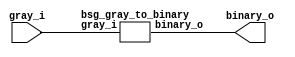


module top
(
  gray_i,
  binary_o
);

  input [63:0] gray_i;
  output [63:0] binary_o;

  bsg_gray_to_binary
  wrapper
  (
    .gray_i(gray_i),
    .binary_o(binary_o)
  );


endmodule



module bsg_scan_width_p64_xor_p1
(
  i,
  o
);

  input [63:0] i;
  output [63:0] o;
  wire [63:0] o;
  wire t_5__63_,t_5__62_,t_5__61_,t_5__60_,t_5__59_,t_5__58_,t_5__57_,t_5__56_,
  t_5__55_,t_5__54_,t_5__53_,t_5__52_,t_5__51_,t_5__50_,t_5__49_,t_5__48_,t_5__47_,
  t_5__46_,t_5__45_,t_5__44_,t_5__43_,t_5__42_,t_5__41_,t_5__40_,t_5__39_,t_5__38_,
  t_5__37_,t_5__36_,t_5__35_,t_5__34_,t_5__33_,t_5__32_,t_5__31_,t_5__30_,t_5__29_,
  t_5__28_,t_5__27_,t_5__26_,t_5__25_,t_5__24_,t_5__23_,t_5__22_,t_5__21_,t_5__20_,
  t_5__19_,t_5__18_,t_5__17_,t_5__16_,t_5__15_,t_5__14_,t_5__13_,t_5__12_,t_5__11_,
  t_5__10_,t_5__9_,t_5__8_,t_5__7_,t_5__6_,t_5__5_,t_5__4_,t_5__3_,t_5__2_,t_5__1_,
  t_5__0_,t_4__63_,t_4__62_,t_4__61_,t_4__60_,t_4__59_,t_4__58_,t_4__57_,t_4__56_,
  t_4__55_,t_4__54_,t_4__53_,t_4__52_,t_4__51_,t_4__50_,t_4__49_,t_4__48_,t_4__47_,
  t_4__46_,t_4__45_,t_4__44_,t_4__43_,t_4__42_,t_4__41_,t_4__40_,t_4__39_,t_4__38_,
  t_4__37_,t_4__36_,t_4__35_,t_4__34_,t_4__33_,t_4__32_,t_4__31_,t_4__30_,
  t_4__29_,t_4__28_,t_4__27_,t_4__26_,t_4__25_,t_4__24_,t_4__23_,t_4__22_,t_4__21_,
  t_4__20_,t_4__19_,t_4__18_,t_4__17_,t_4__16_,t_4__15_,t_4__14_,t_4__13_,t_4__12_,
  t_4__11_,t_4__10_,t_4__9_,t_4__8_,t_4__7_,t_4__6_,t_4__5_,t_4__4_,t_4__3_,t_4__2_,
  t_4__1_,t_4__0_,t_3__63_,t_3__62_,t_3__61_,t_3__60_,t_3__59_,t_3__58_,t_3__57_,
  t_3__56_,t_3__55_,t_3__54_,t_3__53_,t_3__52_,t_3__51_,t_3__50_,t_3__49_,t_3__48_,
  t_3__47_,t_3__46_,t_3__45_,t_3__44_,t_3__43_,t_3__42_,t_3__41_,t_3__40_,t_3__39_,
  t_3__38_,t_3__37_,t_3__36_,t_3__35_,t_3__34_,t_3__33_,t_3__32_,t_3__31_,t_3__30_,
  t_3__29_,t_3__28_,t_3__27_,t_3__26_,t_3__25_,t_3__24_,t_3__23_,t_3__22_,t_3__21_,
  t_3__20_,t_3__19_,t_3__18_,t_3__17_,t_3__16_,t_3__15_,t_3__14_,t_3__13_,t_3__12_,
  t_3__11_,t_3__10_,t_3__9_,t_3__8_,t_3__7_,t_3__6_,t_3__5_,t_3__4_,t_3__3_,
  t_3__2_,t_3__1_,t_3__0_,t_2__63_,t_2__62_,t_2__61_,t_2__60_,t_2__59_,t_2__58_,
  t_2__57_,t_2__56_,t_2__55_,t_2__54_,t_2__53_,t_2__52_,t_2__51_,t_2__50_,t_2__49_,
  t_2__48_,t_2__47_,t_2__46_,t_2__45_,t_2__44_,t_2__43_,t_2__42_,t_2__41_,t_2__40_,
  t_2__39_,t_2__38_,t_2__37_,t_2__36_,t_2__35_,t_2__34_,t_2__33_,t_2__32_,t_2__31_,
  t_2__30_,t_2__29_,t_2__28_,t_2__27_,t_2__26_,t_2__25_,t_2__24_,t_2__23_,t_2__22_,
  t_2__21_,t_2__20_,t_2__19_,t_2__18_,t_2__17_,t_2__16_,t_2__15_,t_2__14_,t_2__13_,
  t_2__12_,t_2__11_,t_2__10_,t_2__9_,t_2__8_,t_2__7_,t_2__6_,t_2__5_,t_2__4_,t_2__3_,
  t_2__2_,t_2__1_,t_2__0_,t_1__63_,t_1__62_,t_1__61_,t_1__60_,t_1__59_,t_1__58_,
  t_1__57_,t_1__56_,t_1__55_,t_1__54_,t_1__53_,t_1__52_,t_1__51_,t_1__50_,t_1__49_,
  t_1__48_,t_1__47_,t_1__46_,t_1__45_,t_1__44_,t_1__43_,t_1__42_,t_1__41_,t_1__40_,
  t_1__39_,t_1__38_,t_1__37_,t_1__36_,t_1__35_,t_1__34_,t_1__33_,t_1__32_,
  t_1__31_,t_1__30_,t_1__29_,t_1__28_,t_1__27_,t_1__26_,t_1__25_,t_1__24_,t_1__23_,
  t_1__22_,t_1__21_,t_1__20_,t_1__19_,t_1__18_,t_1__17_,t_1__16_,t_1__15_,t_1__14_,
  t_1__13_,t_1__12_,t_1__11_,t_1__10_,t_1__9_,t_1__8_,t_1__7_,t_1__6_,t_1__5_,t_1__4_,
  t_1__3_,t_1__2_,t_1__1_,t_1__0_;
  assign t_1__63_ = i[63] ^ 1'b0;
  assign t_1__62_ = i[62] ^ i[63];
  assign t_1__61_ = i[61] ^ i[62];
  assign t_1__60_ = i[60] ^ i[61];
  assign t_1__59_ = i[59] ^ i[60];
  assign t_1__58_ = i[58] ^ i[59];
  assign t_1__57_ = i[57] ^ i[58];
  assign t_1__56_ = i[56] ^ i[57];
  assign t_1__55_ = i[55] ^ i[56];
  assign t_1__54_ = i[54] ^ i[55];
  assign t_1__53_ = i[53] ^ i[54];
  assign t_1__52_ = i[52] ^ i[53];
  assign t_1__51_ = i[51] ^ i[52];
  assign t_1__50_ = i[50] ^ i[51];
  assign t_1__49_ = i[49] ^ i[50];
  assign t_1__48_ = i[48] ^ i[49];
  assign t_1__47_ = i[47] ^ i[48];
  assign t_1__46_ = i[46] ^ i[47];
  assign t_1__45_ = i[45] ^ i[46];
  assign t_1__44_ = i[44] ^ i[45];
  assign t_1__43_ = i[43] ^ i[44];
  assign t_1__42_ = i[42] ^ i[43];
  assign t_1__41_ = i[41] ^ i[42];
  assign t_1__40_ = i[40] ^ i[41];
  assign t_1__39_ = i[39] ^ i[40];
  assign t_1__38_ = i[38] ^ i[39];
  assign t_1__37_ = i[37] ^ i[38];
  assign t_1__36_ = i[36] ^ i[37];
  assign t_1__35_ = i[35] ^ i[36];
  assign t_1__34_ = i[34] ^ i[35];
  assign t_1__33_ = i[33] ^ i[34];
  assign t_1__32_ = i[32] ^ i[33];
  assign t_1__31_ = i[31] ^ i[32];
  assign t_1__30_ = i[30] ^ i[31];
  assign t_1__29_ = i[29] ^ i[30];
  assign t_1__28_ = i[28] ^ i[29];
  assign t_1__27_ = i[27] ^ i[28];
  assign t_1__26_ = i[26] ^ i[27];
  assign t_1__25_ = i[25] ^ i[26];
  assign t_1__24_ = i[24] ^ i[25];
  assign t_1__23_ = i[23] ^ i[24];
  assign t_1__22_ = i[22] ^ i[23];
  assign t_1__21_ = i[21] ^ i[22];
  assign t_1__20_ = i[20] ^ i[21];
  assign t_1__19_ = i[19] ^ i[20];
  assign t_1__18_ = i[18] ^ i[19];
  assign t_1__17_ = i[17] ^ i[18];
  assign t_1__16_ = i[16] ^ i[17];
  assign t_1__15_ = i[15] ^ i[16];
  assign t_1__14_ = i[14] ^ i[15];
  assign t_1__13_ = i[13] ^ i[14];
  assign t_1__12_ = i[12] ^ i[13];
  assign t_1__11_ = i[11] ^ i[12];
  assign t_1__10_ = i[10] ^ i[11];
  assign t_1__9_ = i[9] ^ i[10];
  assign t_1__8_ = i[8] ^ i[9];
  assign t_1__7_ = i[7] ^ i[8];
  assign t_1__6_ = i[6] ^ i[7];
  assign t_1__5_ = i[5] ^ i[6];
  assign t_1__4_ = i[4] ^ i[5];
  assign t_1__3_ = i[3] ^ i[4];
  assign t_1__2_ = i[2] ^ i[3];
  assign t_1__1_ = i[1] ^ i[2];
  assign t_1__0_ = i[0] ^ i[1];
  assign t_2__63_ = t_1__63_ ^ 1'b0;
  assign t_2__62_ = t_1__62_ ^ 1'b0;
  assign t_2__61_ = t_1__61_ ^ t_1__63_;
  assign t_2__60_ = t_1__60_ ^ t_1__62_;
  assign t_2__59_ = t_1__59_ ^ t_1__61_;
  assign t_2__58_ = t_1__58_ ^ t_1__60_;
  assign t_2__57_ = t_1__57_ ^ t_1__59_;
  assign t_2__56_ = t_1__56_ ^ t_1__58_;
  assign t_2__55_ = t_1__55_ ^ t_1__57_;
  assign t_2__54_ = t_1__54_ ^ t_1__56_;
  assign t_2__53_ = t_1__53_ ^ t_1__55_;
  assign t_2__52_ = t_1__52_ ^ t_1__54_;
  assign t_2__51_ = t_1__51_ ^ t_1__53_;
  assign t_2__50_ = t_1__50_ ^ t_1__52_;
  assign t_2__49_ = t_1__49_ ^ t_1__51_;
  assign t_2__48_ = t_1__48_ ^ t_1__50_;
  assign t_2__47_ = t_1__47_ ^ t_1__49_;
  assign t_2__46_ = t_1__46_ ^ t_1__48_;
  assign t_2__45_ = t_1__45_ ^ t_1__47_;
  assign t_2__44_ = t_1__44_ ^ t_1__46_;
  assign t_2__43_ = t_1__43_ ^ t_1__45_;
  assign t_2__42_ = t_1__42_ ^ t_1__44_;
  assign t_2__41_ = t_1__41_ ^ t_1__43_;
  assign t_2__40_ = t_1__40_ ^ t_1__42_;
  assign t_2__39_ = t_1__39_ ^ t_1__41_;
  assign t_2__38_ = t_1__38_ ^ t_1__40_;
  assign t_2__37_ = t_1__37_ ^ t_1__39_;
  assign t_2__36_ = t_1__36_ ^ t_1__38_;
  assign t_2__35_ = t_1__35_ ^ t_1__37_;
  assign t_2__34_ = t_1__34_ ^ t_1__36_;
  assign t_2__33_ = t_1__33_ ^ t_1__35_;
  assign t_2__32_ = t_1__32_ ^ t_1__34_;
  assign t_2__31_ = t_1__31_ ^ t_1__33_;
  assign t_2__30_ = t_1__30_ ^ t_1__32_;
  assign t_2__29_ = t_1__29_ ^ t_1__31_;
  assign t_2__28_ = t_1__28_ ^ t_1__30_;
  assign t_2__27_ = t_1__27_ ^ t_1__29_;
  assign t_2__26_ = t_1__26_ ^ t_1__28_;
  assign t_2__25_ = t_1__25_ ^ t_1__27_;
  assign t_2__24_ = t_1__24_ ^ t_1__26_;
  assign t_2__23_ = t_1__23_ ^ t_1__25_;
  assign t_2__22_ = t_1__22_ ^ t_1__24_;
  assign t_2__21_ = t_1__21_ ^ t_1__23_;
  assign t_2__20_ = t_1__20_ ^ t_1__22_;
  assign t_2__19_ = t_1__19_ ^ t_1__21_;
  assign t_2__18_ = t_1__18_ ^ t_1__20_;
  assign t_2__17_ = t_1__17_ ^ t_1__19_;
  assign t_2__16_ = t_1__16_ ^ t_1__18_;
  assign t_2__15_ = t_1__15_ ^ t_1__17_;
  assign t_2__14_ = t_1__14_ ^ t_1__16_;
  assign t_2__13_ = t_1__13_ ^ t_1__15_;
  assign t_2__12_ = t_1__12_ ^ t_1__14_;
  assign t_2__11_ = t_1__11_ ^ t_1__13_;
  assign t_2__10_ = t_1__10_ ^ t_1__12_;
  assign t_2__9_ = t_1__9_ ^ t_1__11_;
  assign t_2__8_ = t_1__8_ ^ t_1__10_;
  assign t_2__7_ = t_1__7_ ^ t_1__9_;
  assign t_2__6_ = t_1__6_ ^ t_1__8_;
  assign t_2__5_ = t_1__5_ ^ t_1__7_;
  assign t_2__4_ = t_1__4_ ^ t_1__6_;
  assign t_2__3_ = t_1__3_ ^ t_1__5_;
  assign t_2__2_ = t_1__2_ ^ t_1__4_;
  assign t_2__1_ = t_1__1_ ^ t_1__3_;
  assign t_2__0_ = t_1__0_ ^ t_1__2_;
  assign t_3__63_ = t_2__63_ ^ 1'b0;
  assign t_3__62_ = t_2__62_ ^ 1'b0;
  assign t_3__61_ = t_2__61_ ^ 1'b0;
  assign t_3__60_ = t_2__60_ ^ 1'b0;
  assign t_3__59_ = t_2__59_ ^ t_2__63_;
  assign t_3__58_ = t_2__58_ ^ t_2__62_;
  assign t_3__57_ = t_2__57_ ^ t_2__61_;
  assign t_3__56_ = t_2__56_ ^ t_2__60_;
  assign t_3__55_ = t_2__55_ ^ t_2__59_;
  assign t_3__54_ = t_2__54_ ^ t_2__58_;
  assign t_3__53_ = t_2__53_ ^ t_2__57_;
  assign t_3__52_ = t_2__52_ ^ t_2__56_;
  assign t_3__51_ = t_2__51_ ^ t_2__55_;
  assign t_3__50_ = t_2__50_ ^ t_2__54_;
  assign t_3__49_ = t_2__49_ ^ t_2__53_;
  assign t_3__48_ = t_2__48_ ^ t_2__52_;
  assign t_3__47_ = t_2__47_ ^ t_2__51_;
  assign t_3__46_ = t_2__46_ ^ t_2__50_;
  assign t_3__45_ = t_2__45_ ^ t_2__49_;
  assign t_3__44_ = t_2__44_ ^ t_2__48_;
  assign t_3__43_ = t_2__43_ ^ t_2__47_;
  assign t_3__42_ = t_2__42_ ^ t_2__46_;
  assign t_3__41_ = t_2__41_ ^ t_2__45_;
  assign t_3__40_ = t_2__40_ ^ t_2__44_;
  assign t_3__39_ = t_2__39_ ^ t_2__43_;
  assign t_3__38_ = t_2__38_ ^ t_2__42_;
  assign t_3__37_ = t_2__37_ ^ t_2__41_;
  assign t_3__36_ = t_2__36_ ^ t_2__40_;
  assign t_3__35_ = t_2__35_ ^ t_2__39_;
  assign t_3__34_ = t_2__34_ ^ t_2__38_;
  assign t_3__33_ = t_2__33_ ^ t_2__37_;
  assign t_3__32_ = t_2__32_ ^ t_2__36_;
  assign t_3__31_ = t_2__31_ ^ t_2__35_;
  assign t_3__30_ = t_2__30_ ^ t_2__34_;
  assign t_3__29_ = t_2__29_ ^ t_2__33_;
  assign t_3__28_ = t_2__28_ ^ t_2__32_;
  assign t_3__27_ = t_2__27_ ^ t_2__31_;
  assign t_3__26_ = t_2__26_ ^ t_2__30_;
  assign t_3__25_ = t_2__25_ ^ t_2__29_;
  assign t_3__24_ = t_2__24_ ^ t_2__28_;
  assign t_3__23_ = t_2__23_ ^ t_2__27_;
  assign t_3__22_ = t_2__22_ ^ t_2__26_;
  assign t_3__21_ = t_2__21_ ^ t_2__25_;
  assign t_3__20_ = t_2__20_ ^ t_2__24_;
  assign t_3__19_ = t_2__19_ ^ t_2__23_;
  assign t_3__18_ = t_2__18_ ^ t_2__22_;
  assign t_3__17_ = t_2__17_ ^ t_2__21_;
  assign t_3__16_ = t_2__16_ ^ t_2__20_;
  assign t_3__15_ = t_2__15_ ^ t_2__19_;
  assign t_3__14_ = t_2__14_ ^ t_2__18_;
  assign t_3__13_ = t_2__13_ ^ t_2__17_;
  assign t_3__12_ = t_2__12_ ^ t_2__16_;
  assign t_3__11_ = t_2__11_ ^ t_2__15_;
  assign t_3__10_ = t_2__10_ ^ t_2__14_;
  assign t_3__9_ = t_2__9_ ^ t_2__13_;
  assign t_3__8_ = t_2__8_ ^ t_2__12_;
  assign t_3__7_ = t_2__7_ ^ t_2__11_;
  assign t_3__6_ = t_2__6_ ^ t_2__10_;
  assign t_3__5_ = t_2__5_ ^ t_2__9_;
  assign t_3__4_ = t_2__4_ ^ t_2__8_;
  assign t_3__3_ = t_2__3_ ^ t_2__7_;
  assign t_3__2_ = t_2__2_ ^ t_2__6_;
  assign t_3__1_ = t_2__1_ ^ t_2__5_;
  assign t_3__0_ = t_2__0_ ^ t_2__4_;
  assign t_4__63_ = t_3__63_ ^ 1'b0;
  assign t_4__62_ = t_3__62_ ^ 1'b0;
  assign t_4__61_ = t_3__61_ ^ 1'b0;
  assign t_4__60_ = t_3__60_ ^ 1'b0;
  assign t_4__59_ = t_3__59_ ^ 1'b0;
  assign t_4__58_ = t_3__58_ ^ 1'b0;
  assign t_4__57_ = t_3__57_ ^ 1'b0;
  assign t_4__56_ = t_3__56_ ^ 1'b0;
  assign t_4__55_ = t_3__55_ ^ t_3__63_;
  assign t_4__54_ = t_3__54_ ^ t_3__62_;
  assign t_4__53_ = t_3__53_ ^ t_3__61_;
  assign t_4__52_ = t_3__52_ ^ t_3__60_;
  assign t_4__51_ = t_3__51_ ^ t_3__59_;
  assign t_4__50_ = t_3__50_ ^ t_3__58_;
  assign t_4__49_ = t_3__49_ ^ t_3__57_;
  assign t_4__48_ = t_3__48_ ^ t_3__56_;
  assign t_4__47_ = t_3__47_ ^ t_3__55_;
  assign t_4__46_ = t_3__46_ ^ t_3__54_;
  assign t_4__45_ = t_3__45_ ^ t_3__53_;
  assign t_4__44_ = t_3__44_ ^ t_3__52_;
  assign t_4__43_ = t_3__43_ ^ t_3__51_;
  assign t_4__42_ = t_3__42_ ^ t_3__50_;
  assign t_4__41_ = t_3__41_ ^ t_3__49_;
  assign t_4__40_ = t_3__40_ ^ t_3__48_;
  assign t_4__39_ = t_3__39_ ^ t_3__47_;
  assign t_4__38_ = t_3__38_ ^ t_3__46_;
  assign t_4__37_ = t_3__37_ ^ t_3__45_;
  assign t_4__36_ = t_3__36_ ^ t_3__44_;
  assign t_4__35_ = t_3__35_ ^ t_3__43_;
  assign t_4__34_ = t_3__34_ ^ t_3__42_;
  assign t_4__33_ = t_3__33_ ^ t_3__41_;
  assign t_4__32_ = t_3__32_ ^ t_3__40_;
  assign t_4__31_ = t_3__31_ ^ t_3__39_;
  assign t_4__30_ = t_3__30_ ^ t_3__38_;
  assign t_4__29_ = t_3__29_ ^ t_3__37_;
  assign t_4__28_ = t_3__28_ ^ t_3__36_;
  assign t_4__27_ = t_3__27_ ^ t_3__35_;
  assign t_4__26_ = t_3__26_ ^ t_3__34_;
  assign t_4__25_ = t_3__25_ ^ t_3__33_;
  assign t_4__24_ = t_3__24_ ^ t_3__32_;
  assign t_4__23_ = t_3__23_ ^ t_3__31_;
  assign t_4__22_ = t_3__22_ ^ t_3__30_;
  assign t_4__21_ = t_3__21_ ^ t_3__29_;
  assign t_4__20_ = t_3__20_ ^ t_3__28_;
  assign t_4__19_ = t_3__19_ ^ t_3__27_;
  assign t_4__18_ = t_3__18_ ^ t_3__26_;
  assign t_4__17_ = t_3__17_ ^ t_3__25_;
  assign t_4__16_ = t_3__16_ ^ t_3__24_;
  assign t_4__15_ = t_3__15_ ^ t_3__23_;
  assign t_4__14_ = t_3__14_ ^ t_3__22_;
  assign t_4__13_ = t_3__13_ ^ t_3__21_;
  assign t_4__12_ = t_3__12_ ^ t_3__20_;
  assign t_4__11_ = t_3__11_ ^ t_3__19_;
  assign t_4__10_ = t_3__10_ ^ t_3__18_;
  assign t_4__9_ = t_3__9_ ^ t_3__17_;
  assign t_4__8_ = t_3__8_ ^ t_3__16_;
  assign t_4__7_ = t_3__7_ ^ t_3__15_;
  assign t_4__6_ = t_3__6_ ^ t_3__14_;
  assign t_4__5_ = t_3__5_ ^ t_3__13_;
  assign t_4__4_ = t_3__4_ ^ t_3__12_;
  assign t_4__3_ = t_3__3_ ^ t_3__11_;
  assign t_4__2_ = t_3__2_ ^ t_3__10_;
  assign t_4__1_ = t_3__1_ ^ t_3__9_;
  assign t_4__0_ = t_3__0_ ^ t_3__8_;
  assign t_5__63_ = t_4__63_ ^ 1'b0;
  assign t_5__62_ = t_4__62_ ^ 1'b0;
  assign t_5__61_ = t_4__61_ ^ 1'b0;
  assign t_5__60_ = t_4__60_ ^ 1'b0;
  assign t_5__59_ = t_4__59_ ^ 1'b0;
  assign t_5__58_ = t_4__58_ ^ 1'b0;
  assign t_5__57_ = t_4__57_ ^ 1'b0;
  assign t_5__56_ = t_4__56_ ^ 1'b0;
  assign t_5__55_ = t_4__55_ ^ 1'b0;
  assign t_5__54_ = t_4__54_ ^ 1'b0;
  assign t_5__53_ = t_4__53_ ^ 1'b0;
  assign t_5__52_ = t_4__52_ ^ 1'b0;
  assign t_5__51_ = t_4__51_ ^ 1'b0;
  assign t_5__50_ = t_4__50_ ^ 1'b0;
  assign t_5__49_ = t_4__49_ ^ 1'b0;
  assign t_5__48_ = t_4__48_ ^ 1'b0;
  assign t_5__47_ = t_4__47_ ^ t_4__63_;
  assign t_5__46_ = t_4__46_ ^ t_4__62_;
  assign t_5__45_ = t_4__45_ ^ t_4__61_;
  assign t_5__44_ = t_4__44_ ^ t_4__60_;
  assign t_5__43_ = t_4__43_ ^ t_4__59_;
  assign t_5__42_ = t_4__42_ ^ t_4__58_;
  assign t_5__41_ = t_4__41_ ^ t_4__57_;
  assign t_5__40_ = t_4__40_ ^ t_4__56_;
  assign t_5__39_ = t_4__39_ ^ t_4__55_;
  assign t_5__38_ = t_4__38_ ^ t_4__54_;
  assign t_5__37_ = t_4__37_ ^ t_4__53_;
  assign t_5__36_ = t_4__36_ ^ t_4__52_;
  assign t_5__35_ = t_4__35_ ^ t_4__51_;
  assign t_5__34_ = t_4__34_ ^ t_4__50_;
  assign t_5__33_ = t_4__33_ ^ t_4__49_;
  assign t_5__32_ = t_4__32_ ^ t_4__48_;
  assign t_5__31_ = t_4__31_ ^ t_4__47_;
  assign t_5__30_ = t_4__30_ ^ t_4__46_;
  assign t_5__29_ = t_4__29_ ^ t_4__45_;
  assign t_5__28_ = t_4__28_ ^ t_4__44_;
  assign t_5__27_ = t_4__27_ ^ t_4__43_;
  assign t_5__26_ = t_4__26_ ^ t_4__42_;
  assign t_5__25_ = t_4__25_ ^ t_4__41_;
  assign t_5__24_ = t_4__24_ ^ t_4__40_;
  assign t_5__23_ = t_4__23_ ^ t_4__39_;
  assign t_5__22_ = t_4__22_ ^ t_4__38_;
  assign t_5__21_ = t_4__21_ ^ t_4__37_;
  assign t_5__20_ = t_4__20_ ^ t_4__36_;
  assign t_5__19_ = t_4__19_ ^ t_4__35_;
  assign t_5__18_ = t_4__18_ ^ t_4__34_;
  assign t_5__17_ = t_4__17_ ^ t_4__33_;
  assign t_5__16_ = t_4__16_ ^ t_4__32_;
  assign t_5__15_ = t_4__15_ ^ t_4__31_;
  assign t_5__14_ = t_4__14_ ^ t_4__30_;
  assign t_5__13_ = t_4__13_ ^ t_4__29_;
  assign t_5__12_ = t_4__12_ ^ t_4__28_;
  assign t_5__11_ = t_4__11_ ^ t_4__27_;
  assign t_5__10_ = t_4__10_ ^ t_4__26_;
  assign t_5__9_ = t_4__9_ ^ t_4__25_;
  assign t_5__8_ = t_4__8_ ^ t_4__24_;
  assign t_5__7_ = t_4__7_ ^ t_4__23_;
  assign t_5__6_ = t_4__6_ ^ t_4__22_;
  assign t_5__5_ = t_4__5_ ^ t_4__21_;
  assign t_5__4_ = t_4__4_ ^ t_4__20_;
  assign t_5__3_ = t_4__3_ ^ t_4__19_;
  assign t_5__2_ = t_4__2_ ^ t_4__18_;
  assign t_5__1_ = t_4__1_ ^ t_4__17_;
  assign t_5__0_ = t_4__0_ ^ t_4__16_;
  assign o[63] = t_5__63_ ^ 1'b0;
  assign o[62] = t_5__62_ ^ 1'b0;
  assign o[61] = t_5__61_ ^ 1'b0;
  assign o[60] = t_5__60_ ^ 1'b0;
  assign o[59] = t_5__59_ ^ 1'b0;
  assign o[58] = t_5__58_ ^ 1'b0;
  assign o[57] = t_5__57_ ^ 1'b0;
  assign o[56] = t_5__56_ ^ 1'b0;
  assign o[55] = t_5__55_ ^ 1'b0;
  assign o[54] = t_5__54_ ^ 1'b0;
  assign o[53] = t_5__53_ ^ 1'b0;
  assign o[52] = t_5__52_ ^ 1'b0;
  assign o[51] = t_5__51_ ^ 1'b0;
  assign o[50] = t_5__50_ ^ 1'b0;
  assign o[49] = t_5__49_ ^ 1'b0;
  assign o[48] = t_5__48_ ^ 1'b0;
  assign o[47] = t_5__47_ ^ 1'b0;
  assign o[46] = t_5__46_ ^ 1'b0;
  assign o[45] = t_5__45_ ^ 1'b0;
  assign o[44] = t_5__44_ ^ 1'b0;
  assign o[43] = t_5__43_ ^ 1'b0;
  assign o[42] = t_5__42_ ^ 1'b0;
  assign o[41] = t_5__41_ ^ 1'b0;
  assign o[40] = t_5__40_ ^ 1'b0;
  assign o[39] = t_5__39_ ^ 1'b0;
  assign o[38] = t_5__38_ ^ 1'b0;
  assign o[37] = t_5__37_ ^ 1'b0;
  assign o[36] = t_5__36_ ^ 1'b0;
  assign o[35] = t_5__35_ ^ 1'b0;
  assign o[34] = t_5__34_ ^ 1'b0;
  assign o[33] = t_5__33_ ^ 1'b0;
  assign o[32] = t_5__32_ ^ 1'b0;
  assign o[31] = t_5__31_ ^ t_5__63_;
  assign o[30] = t_5__30_ ^ t_5__62_;
  assign o[29] = t_5__29_ ^ t_5__61_;
  assign o[28] = t_5__28_ ^ t_5__60_;
  assign o[27] = t_5__27_ ^ t_5__59_;
  assign o[26] = t_5__26_ ^ t_5__58_;
  assign o[25] = t_5__25_ ^ t_5__57_;
  assign o[24] = t_5__24_ ^ t_5__56_;
  assign o[23] = t_5__23_ ^ t_5__55_;
  assign o[22] = t_5__22_ ^ t_5__54_;
  assign o[21] = t_5__21_ ^ t_5__53_;
  assign o[20] = t_5__20_ ^ t_5__52_;
  assign o[19] = t_5__19_ ^ t_5__51_;
  assign o[18] = t_5__18_ ^ t_5__50_;
  assign o[17] = t_5__17_ ^ t_5__49_;
  assign o[16] = t_5__16_ ^ t_5__48_;
  assign o[15] = t_5__15_ ^ t_5__47_;
  assign o[14] = t_5__14_ ^ t_5__46_;
  assign o[13] = t_5__13_ ^ t_5__45_;
  assign o[12] = t_5__12_ ^ t_5__44_;
  assign o[11] = t_5__11_ ^ t_5__43_;
  assign o[10] = t_5__10_ ^ t_5__42_;
  assign o[9] = t_5__9_ ^ t_5__41_;
  assign o[8] = t_5__8_ ^ t_5__40_;
  assign o[7] = t_5__7_ ^ t_5__39_;
  assign o[6] = t_5__6_ ^ t_5__38_;
  assign o[5] = t_5__5_ ^ t_5__37_;
  assign o[4] = t_5__4_ ^ t_5__36_;
  assign o[3] = t_5__3_ ^ t_5__35_;
  assign o[2] = t_5__2_ ^ t_5__34_;
  assign o[1] = t_5__1_ ^ t_5__33_;
  assign o[0] = t_5__0_ ^ t_5__32_;

endmodule



module bsg_gray_to_binary
(
  gray_i,
  binary_o
);

  input [63:0] gray_i;
  output [63:0] binary_o;
  wire [63:0] binary_o;

  bsg_scan_width_p64_xor_p1
  scan_xor
  (
    .i(gray_i),
    .o(binary_o)
  );


endmodule